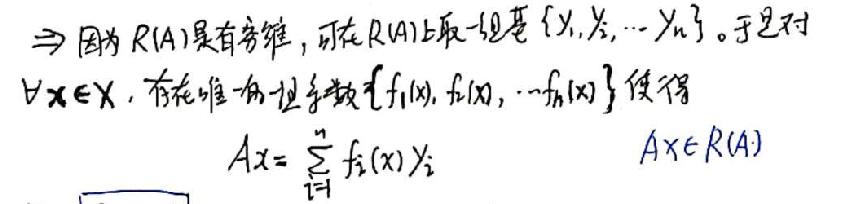
$\Rightarrow$ 因为$R(A)$是有限维，可在$R(A)$上取一组基$\{y_1,y_2,\cdots,y_n\}$。于是对$\forall x\in X$，存在唯一的一组系数$\{f_1(x),f_2(x),\cdots,f_n(x)\}$使得
\[
Ax = \sum_{i = 1}^{n} f_i(x)y_i \quad Ax\in R(A)
\]